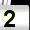
Digit: 2